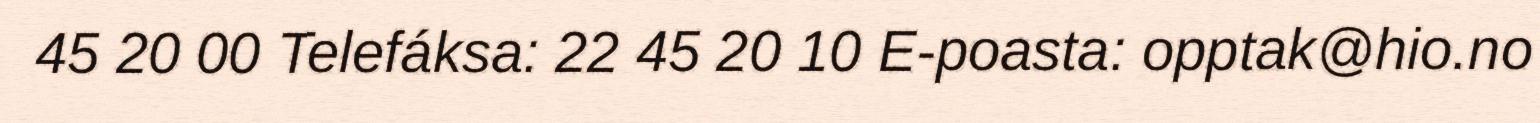
45 20 00 Telefáksa: 22 45 20 10 E-poasta: opptak@hio.no